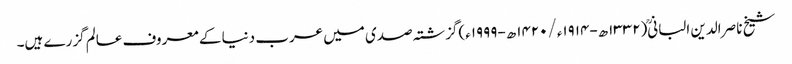
شیخ ناصر الدین البانی(۱۳۳۲ھ-۱۹۱۴ء/۱۴۲۰ھ-۱۹۹۹ء)گزشتہ صدی میں عرب دنیا کے معروف عالم گزرے ہیں۔